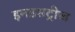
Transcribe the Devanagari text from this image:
इनडसट्रीज